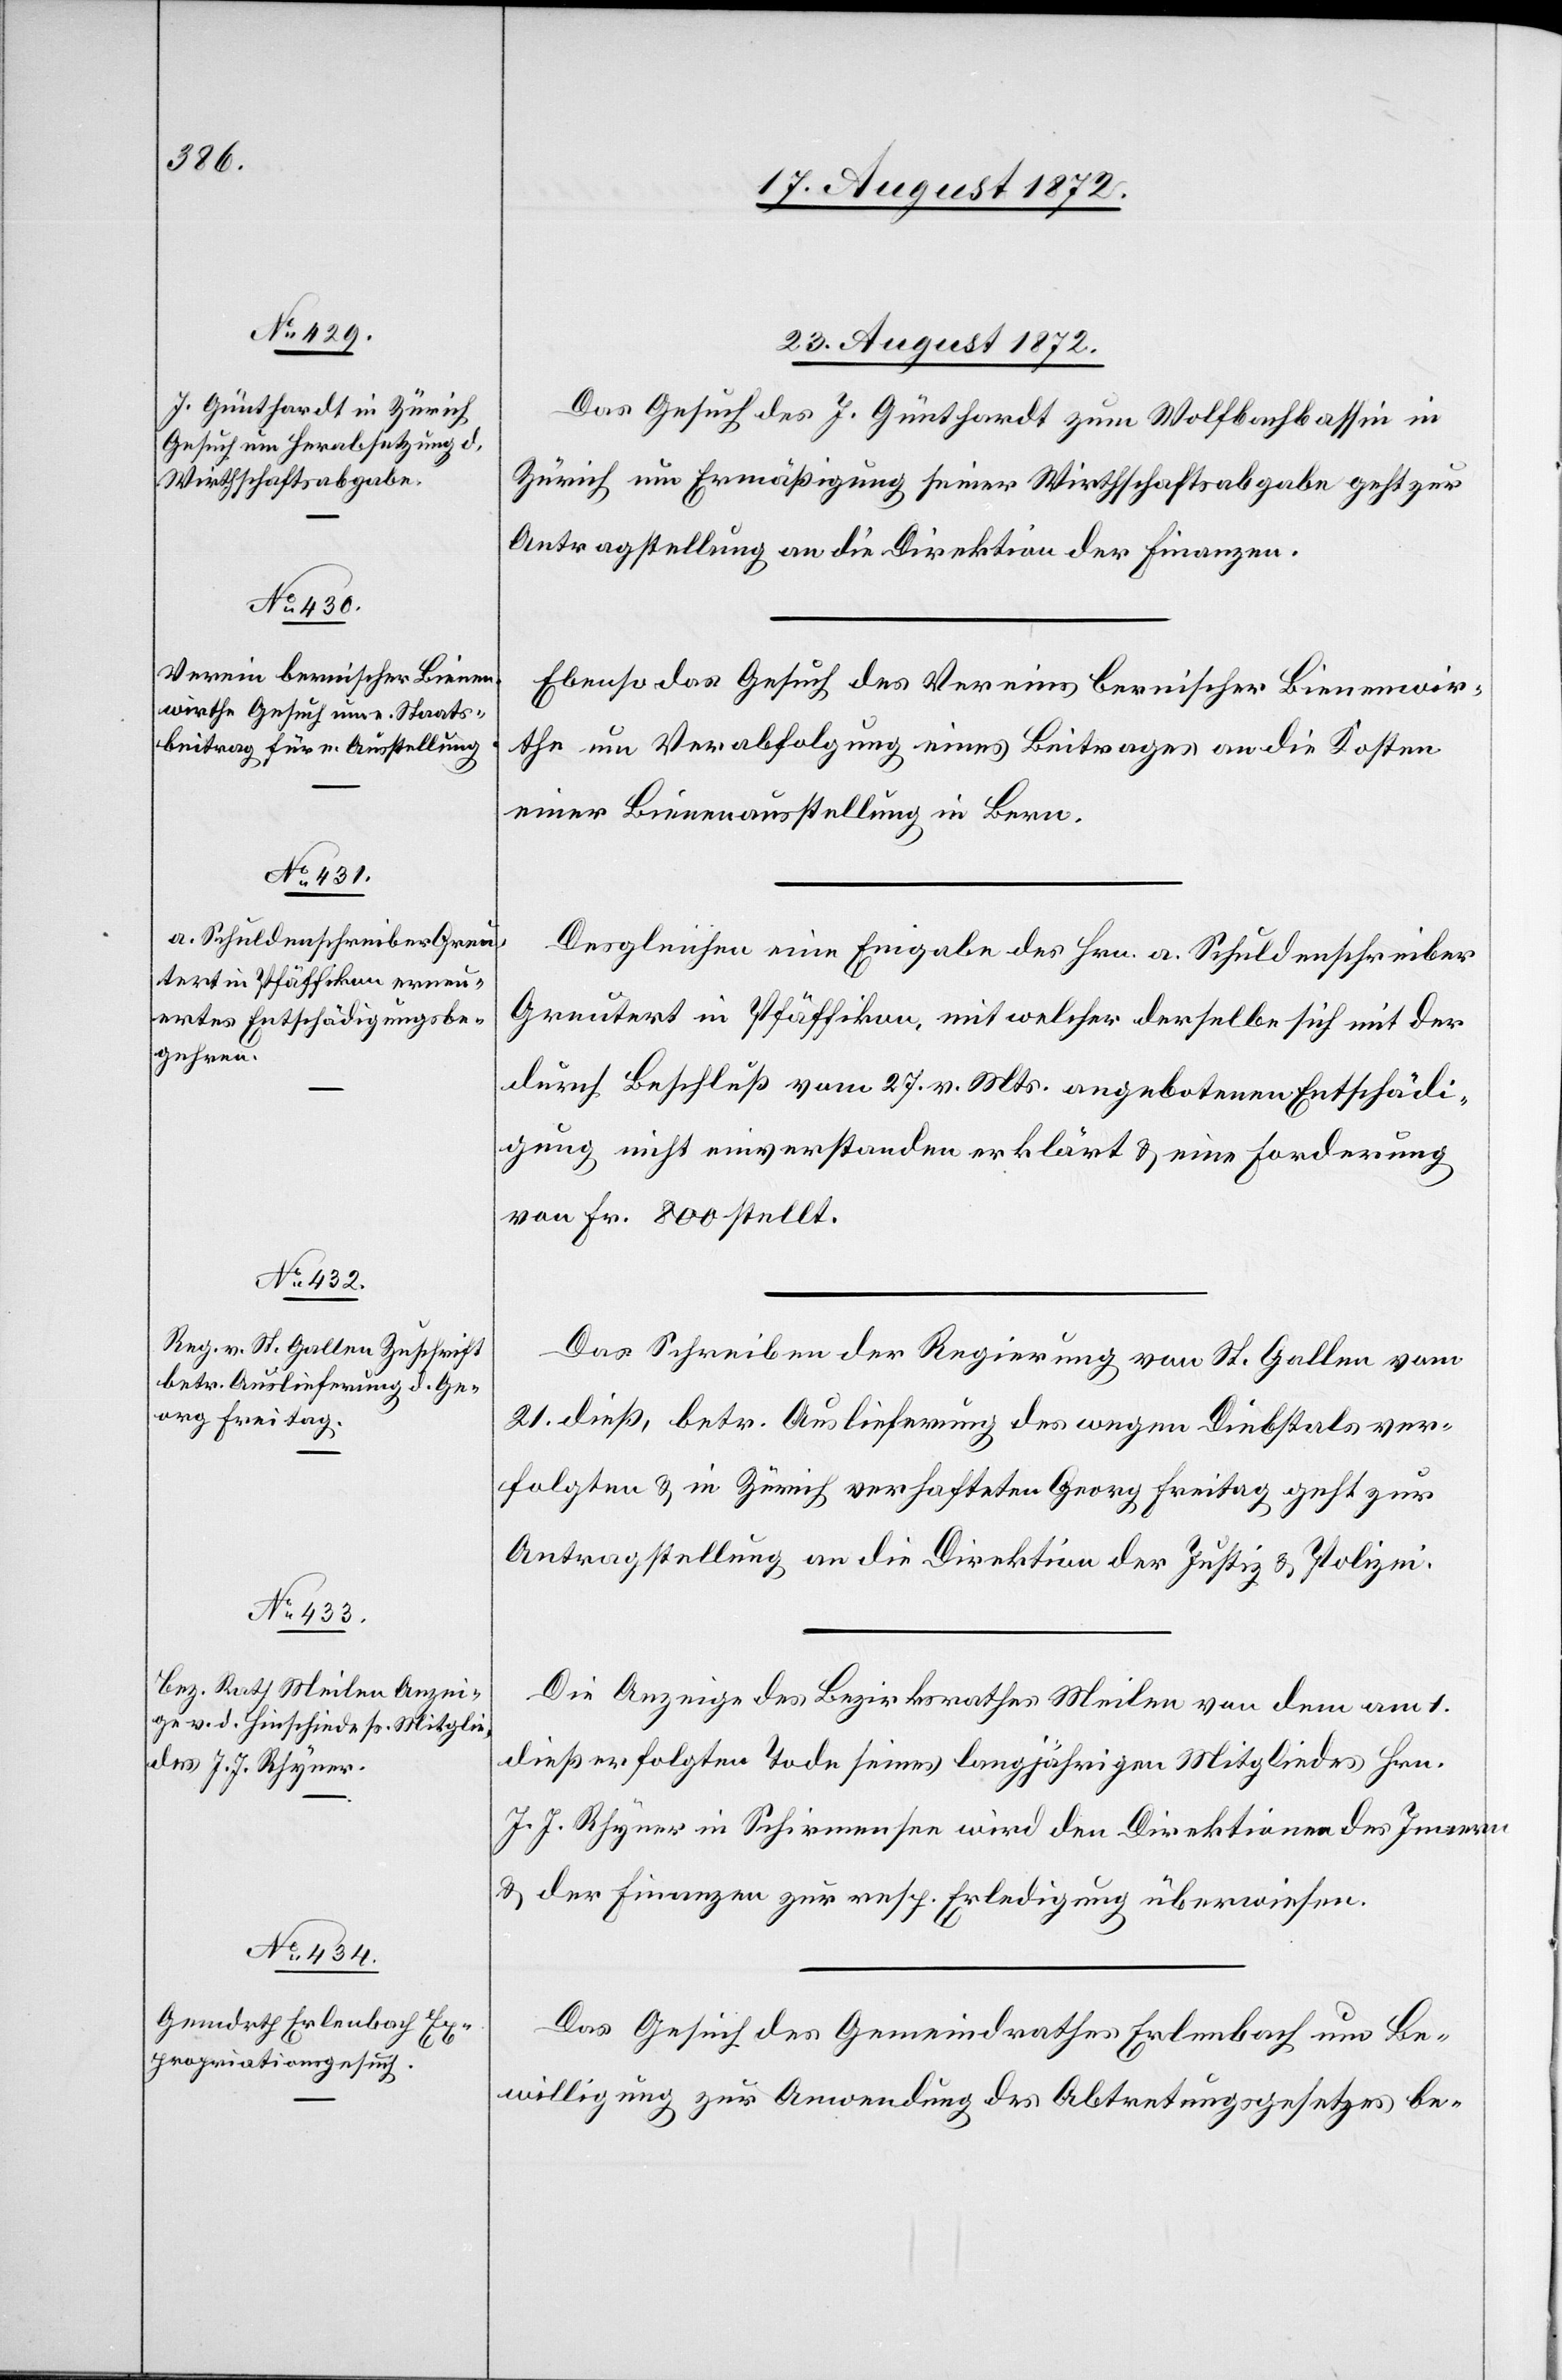
23. August 1872.]
Das Gesuch des J. Günthardt zum Wolfbachbassin in
Zürich um Ermäßigung seiner Wirthschaftsabgabe geht zur
Antragstellung an die Direktion der Finanzen.
Ebenso das Gesuch des Vereins bernischer Bienenwir¬
the um Verabfolgung eines Beitrages an die Kosten
einer Bienenausstellung in Bern.
Desgleichen eine Eingabe des Hrn. a. Schuldenschreiber
Greutert in Pfäffikon, mit welcher derselbe sich mit der
durch Beschluß vom 17. v. Mts. angebotenen Entschädi¬
gung nicht einverstanden erklärt u. eine Forderung
von Fr. 800 stellt.
Das Schreiben der Regierung von St. Gallen vom
21. dieß, betr. Auslieferung des wegen Diebstals ver¬
folgten u. in Zürich verhafteten Georg Freitag geht zur
Antragstellung an die Direktion der Justiz u. Polizei.
Die Anzeige des Bezirksrathes Meilen von dem am 1.
dieß erfolgten Tode seines langjährigen Mitgliedes Hrn.
J. J. Rhyner in Schirmensee wird den Direktionen des Innern
u. der Finanzen zur resp. Erledigung überwiesen.
Das Gesuch des Gemeindrathes Erlenbach um Be¬
willigung zur Anwendung des Abtretungsgesetzes be-